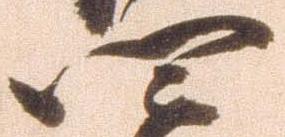
四